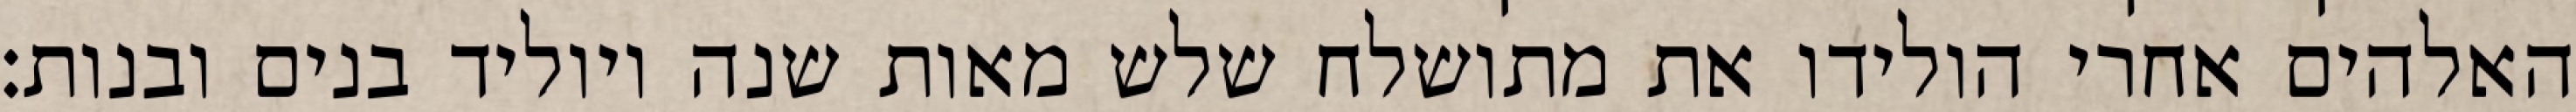
האלהים אחרי הולידו את מתושלח שלש מאות שנה ויוליד בנים ובנות׃